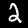
Label: 2